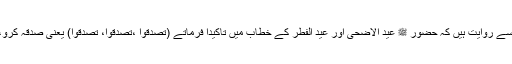
حضرت ابو سعید خدری سے روایت ہیں کہ حضور ﷺ عید الاضحیٰ اور عید الفطر کے خطاب میں تاکیدا فرماتے (تصدقوا ،تصدقوا، تصدقوا) یعنی صدقہ کرو، صدقہ کرو، صدقہ کرو۔